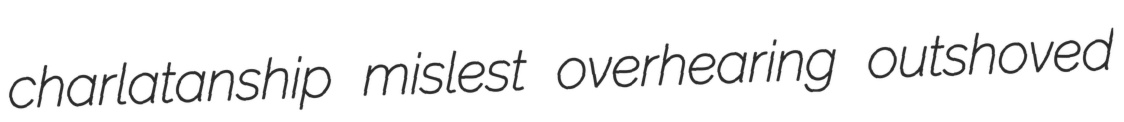
charlatanship mislest overhearing outshoved